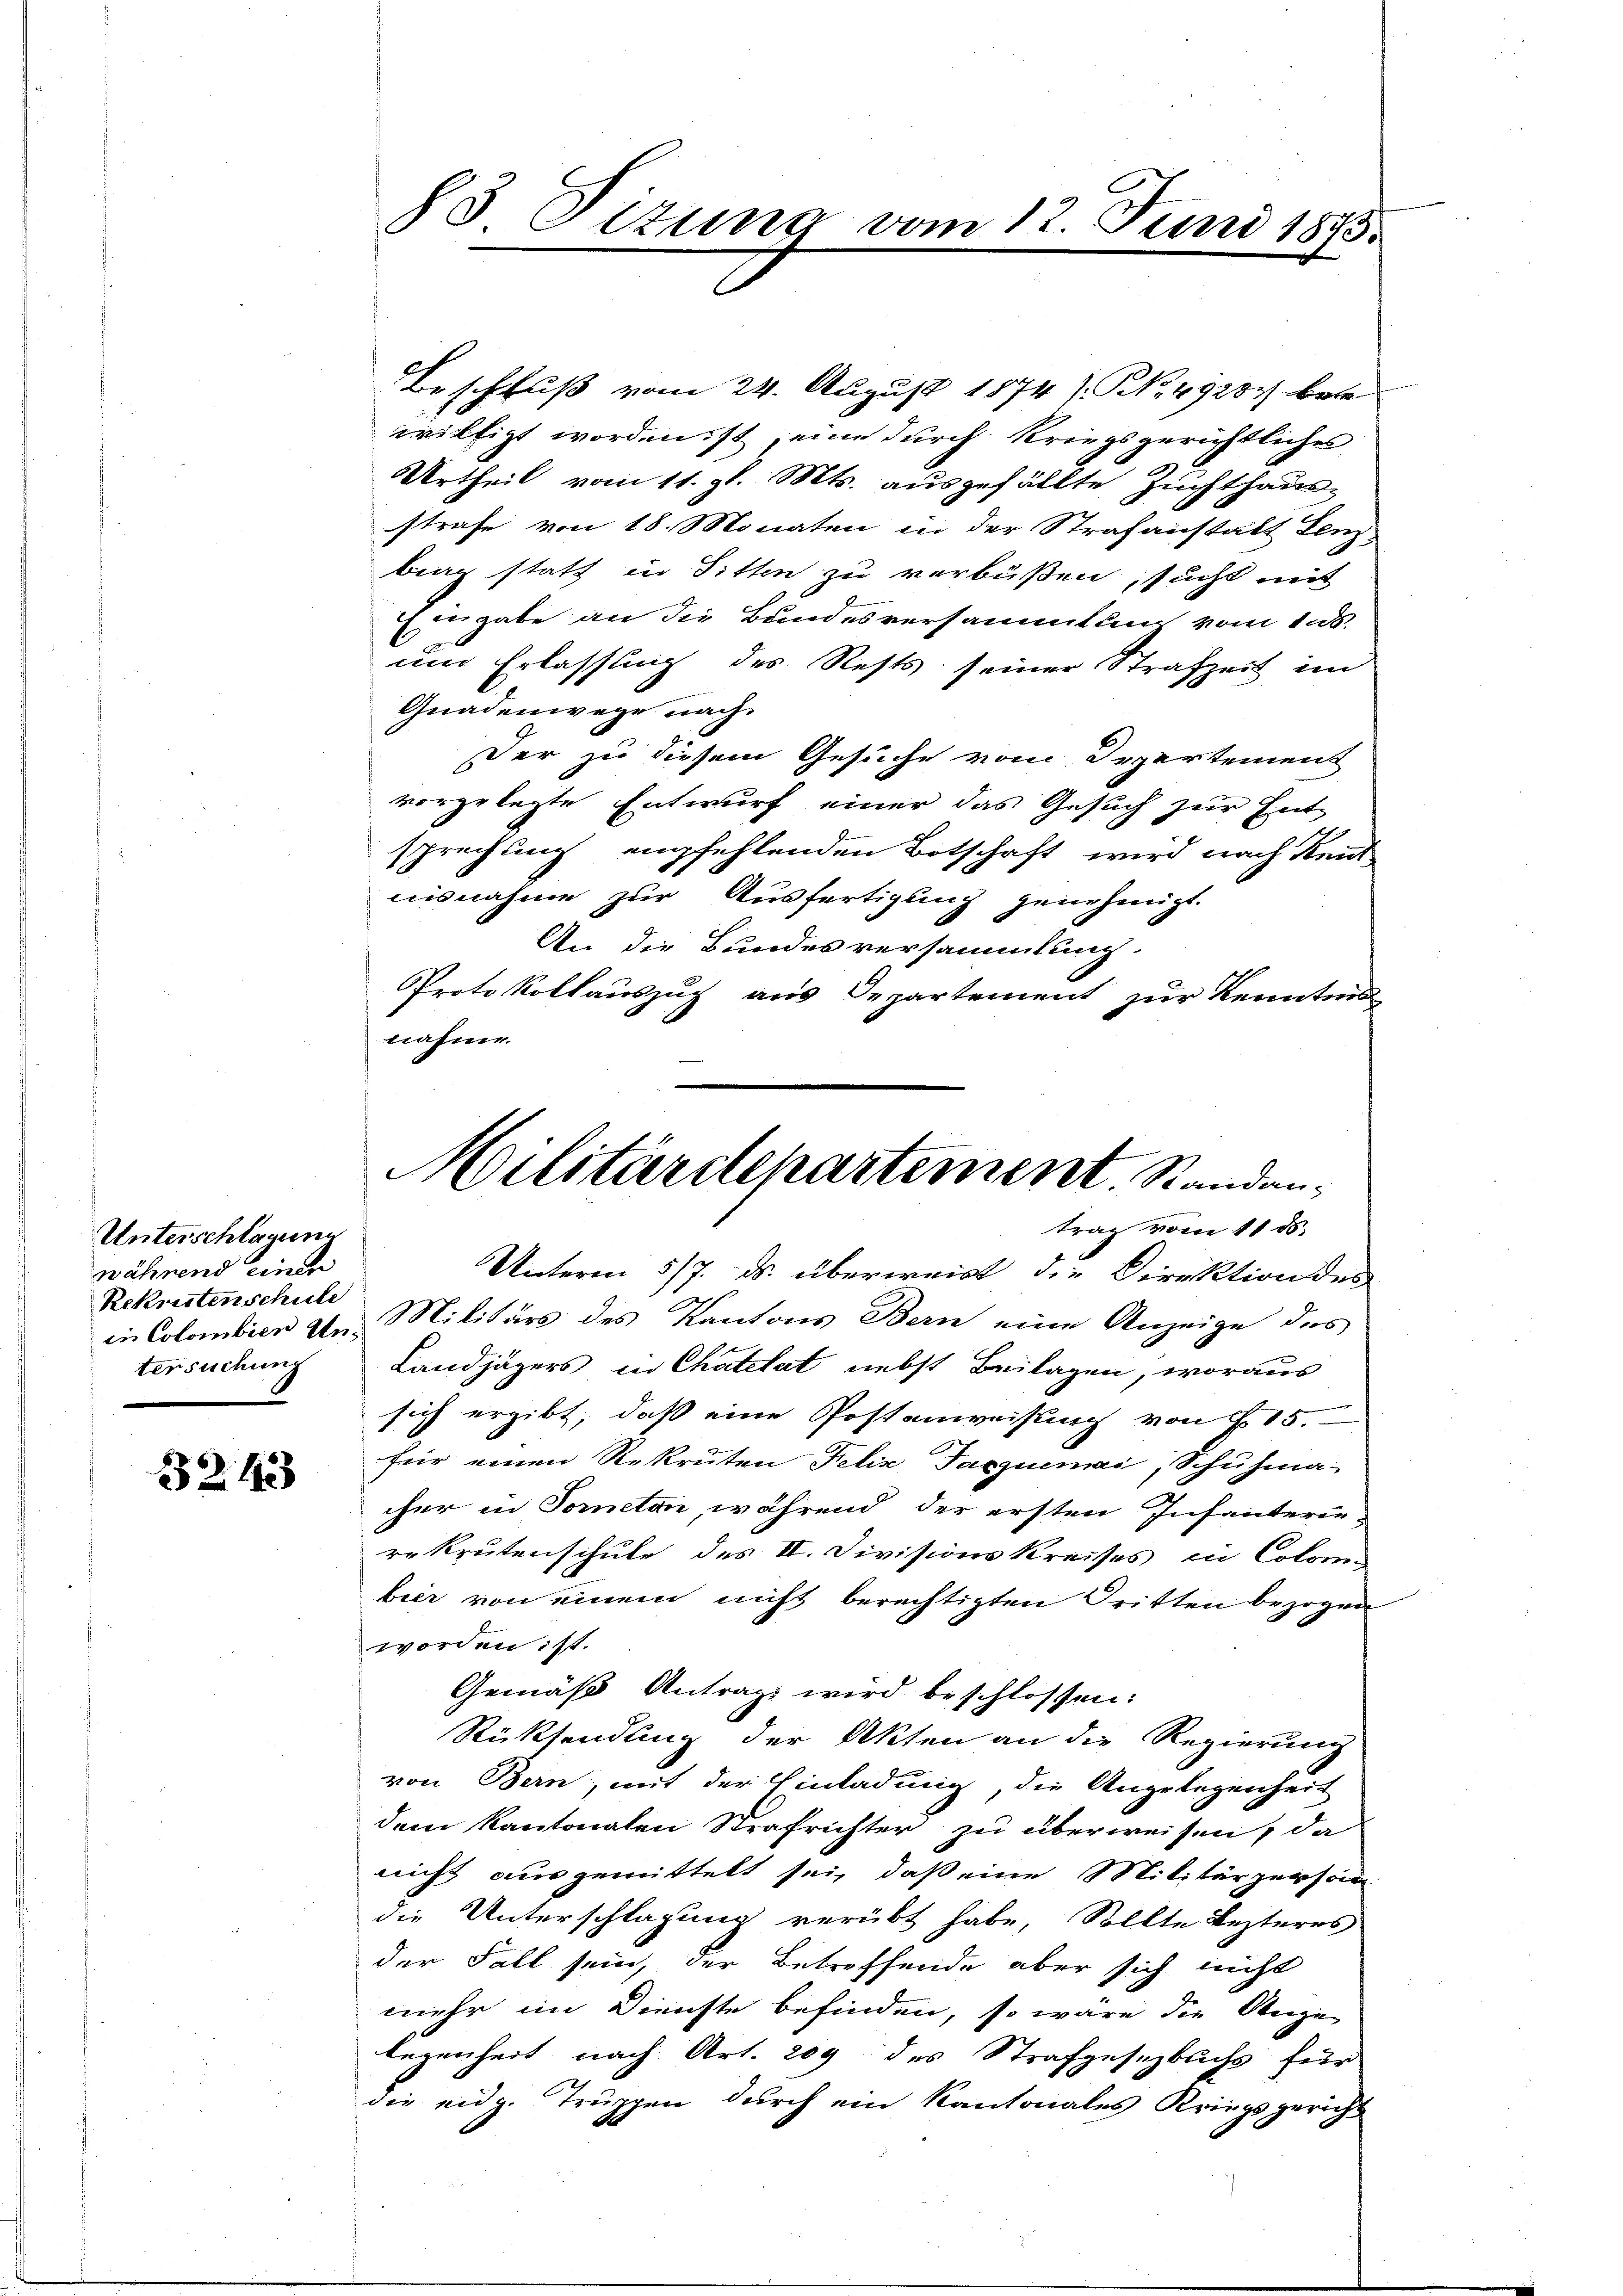
Unterschlagung
während einer
Rekristenschule
tersuchung

3243

85 Situng vom 12. Juni 1875.

Beschluß vom 24. August 1874 / NNo. 4928 betr
willigt worden ist eine durch Kriegsgerichtliches
.
Urtheil vom 11. gl. Mts. ausgefällte Zuchthaus-
strafe von 18. Monaten in der Strafanstalt Lenz
brag statt in Sitten zu verbüßen, sucht mit
Eingabe an die Bundesversammlung vom 15.
und Erlassung des Rests seiner Strafzeit im
Gnadenwege nach
Der zu diesem Gesuche vom Departement
vorgelegte Entwurf einer das Gesuch zur Ent-
sprechung empfehlenden Botschaft wird nach Reit
nisnahme zur Ausfertigung genehmigt.
An die Bundesversammlung.
Protokollauszug aus Departement zur Kenntnis
nahme.

Militärdepartement. Randantrag vom 11. ds.

Unterm 5/7. ds. überweist die Direktion des
in Colombien Um Militärs des Kantons Bern eine Anzeige des
Landjägers in Chatelat nebst Beilagen, woraus
sich ergibt, daß eine Postenweisung von 15.
für einen Rekruten Felix Taczuemai, Schuhmacher in Fornetan, während der ersten Infanterie-
rekrutenschule des II. Divisions Kreises in Coloren
bier von einem nicht berechtigten Dritten bezogen
worden ist.
Gemäß Antrag wird beschlossen:
Rücksendung der Akten an die Regierung
von Bern, mit der Einladung, die Angelegenheit
dem kantonalen Strafrichter zu überweisen, da
nicht ausgemittelt sei, daß eine Militärperson
die Unterschlagung verübt habe, Sollte Lezteres
der Fall sein, der Betreffende aber sich nicht
mehr im Dienste befinden, so wäre die Ange-
legenheit nach Art. 209 des Strafgesetzbuchs für
die eidg. Truppen durch ein Kantonales Kriegsgericht